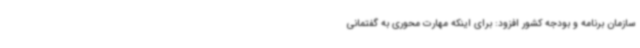
سازمان برنامه و بودجه کشور افزود: برای اینکه مهارت محوری به گفتمانی